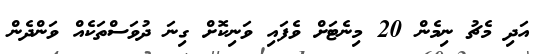
އަދި މެޗު ނިމެން 20 މިނެޓަށް ވެފައި ވަނިކޮށް ގިނަ ދުވަސްތަކެއް ވަންދެން